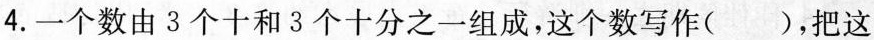
4.一个数由3个十和3个十分之一组成，这个数写作( )，把这